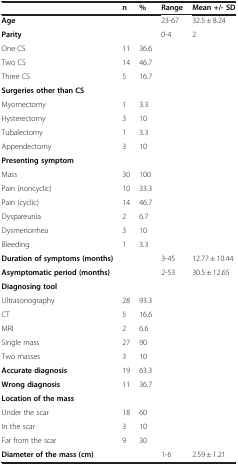
|  | n | % | Range | Mean +/- SD |
 | --- | --- | --- | --- | --- |
 | Age |  |  | 23-67 | 32.5 ± 8.24 |
 | Parity |  |  | 0-4 | 2 |
 | One CS | 11 | 36.6 |  |  |
 | Two CS | 14 | 46.7 |  |  |
 | Three CS | 5 | 16.7 |  |  |
 | Surgeries other than CS |  |  |  |  |
 | Myomectomy | 1 | 3.3 |  |  |
 | Hysterectomy | 3 | 10 |  |  |
 | Tubalectomy | 1 | 3.3 |  |  |
 | Appendectomy | 3 | 10 |  |  |
 | Presenting symptom |  |  |  |  |
 | Mass | 30 | 100 |  |  |
 | Pain (noncyclic) | 10 | 33.3 |  |  |
 | Pain (cyclic) | 14 | 46.7 |  |  |
 | Dyspareunia | 2 | 6.7 |  |  |
 | Dysmenorrhea | 3 | 10 |  |  |
 | Bleeding | 1 | 3.3 |  |  |
 | Duration of symptoms (months) |  |  | 3-45 | 12.77 ± 10.44 |
 | Asymptomatic period (months) |  |  | 2-53 | 30.5 ± 12.65 |
 | Diagnosing tool |  |  |  |  |
 | Ultrasonography | 28 | 93.3 |  |  |
 | CT | 5 | 16.6 |  |  |
 | MRI | 2 | 6.6 |  |  |
 | Single mass | 27 | 90 |  |  |
 | Two masses | 3 | 10 |  |  |
 | Accurate diagnosis | 19 | 63.3 |  |  |
 | Wrong diagnosis | 11 | 36.7 |  |  |
 | Location of the mass |  |  |  |  |
 | Under the scar | 18 | 60 |  |  |
 | In the scar | 3 | 10 |  |  |
 | Far from the scar | 9 | 30 |  |  |
 | Diameter of the mass (cm) |  |  | 1-6 | 2.59 ± 1.21 |